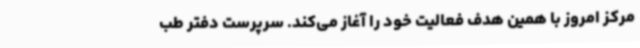
مرکز امروز با همین هدف فعالیت خود را آغاز می‌کند. سرپرست دفتر طب